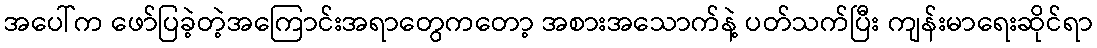
အပေါ်က ဖော်ပြခဲ့တဲ့အကြောင်းအရာတွေကတော့ အစားအသောက်နဲ့ ပတ်သက်ပြီး ကျန်းမာရေးဆိုင်ရာ